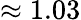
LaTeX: \approx 1.03